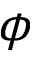
\phi